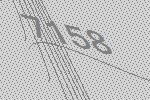
7158